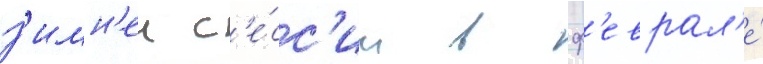
з'имн'еи с'е́сс'ии в ф'еврал'е́